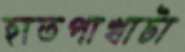
হাতপাখাটা